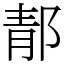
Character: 郬